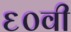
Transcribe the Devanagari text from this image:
६०वी